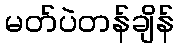
မတ်ပဲတန်ချိန်